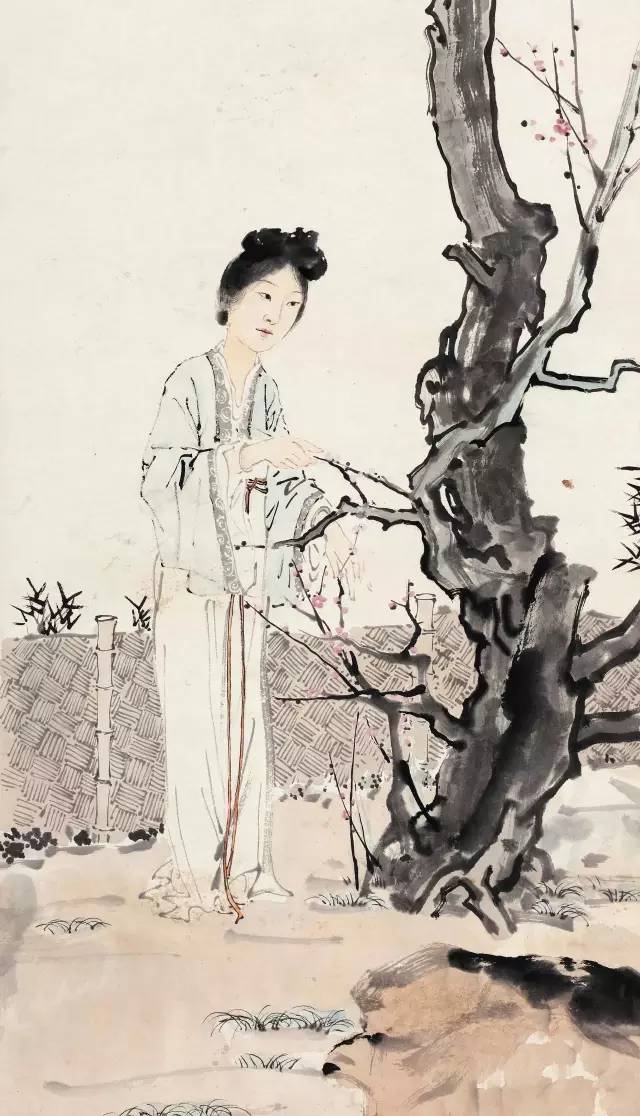
天地合而万物生，阴阳接而变化起，性伪合而天下治。